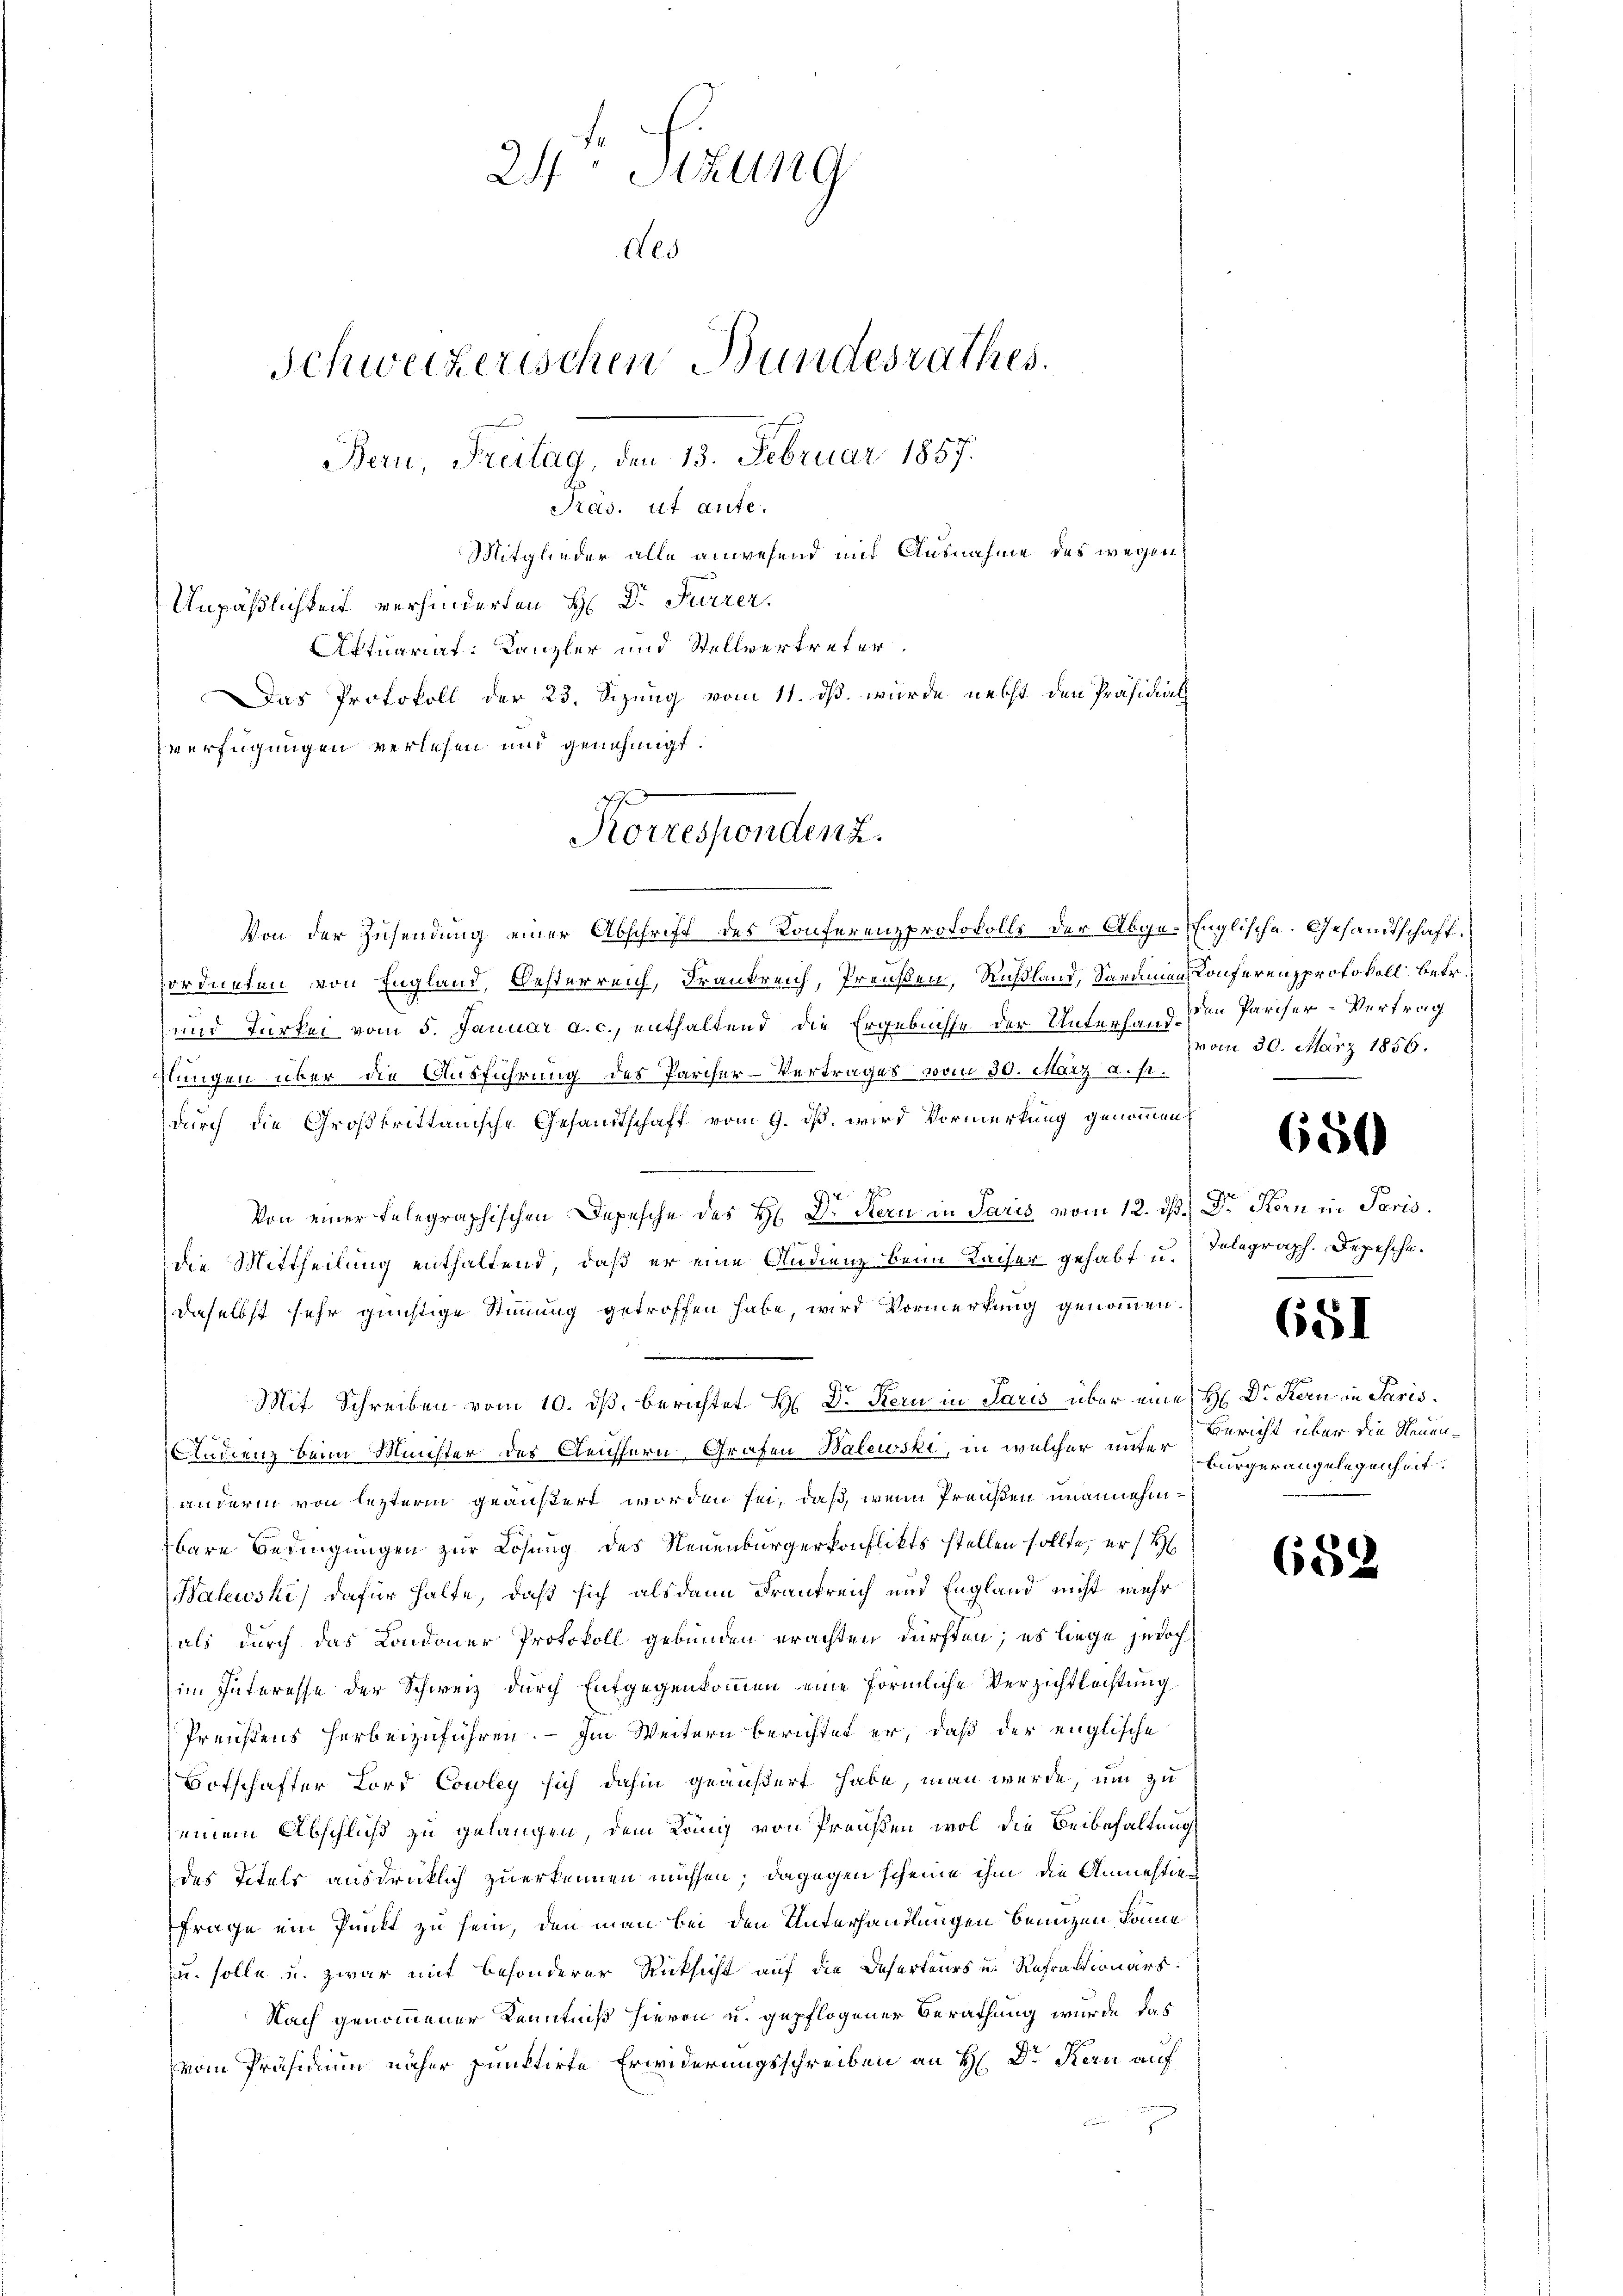
24 Stzung
Nei
Schweizerischen Bundesrathes.
Bern, Freitag, den 13. Februar 1857.
Präs. ut aute.
Mitglieder alle anwesend mit Ausnahme des wegen
Unpäßlichkeit verhinderten H: Dr. Furrer.
Aktuariat: Kanzler und Stellvertreter.
Das Protokoll der 23. Sizung vom 11. ds. wurde nebst den Präsidial
verfügungen verlesen und genehmigt.

Korressendenz.

Von der Zusendung einer Abschrift des Konferenzprotokolls der Abge-Englische Gesandtschaft
ordneten von England, Oesterreich, Frankreich, Preußen, Rußland, Saramen Konferenzprotokoll betr.
und Türkei vom 5. Januar a. c., enthaltend die Ergebnisse der Unterhand den Pariser-Vertrag
hlungen über die Ausführung des Parcher-Vertrages vom 30. März a. p.
durch die Großbrittanische Gesandtschaft vom 9. ds, wird Vormerkung genommen
.
1
e
Von einer telegraphischen Depesche des H. Dr. Stern in Paris vom 12. ds. Dr Kern in Paris.
die Mittheilung enthaltend, daß er eine Andienz beim Kaiser gehabt u.
daselbst sehr günstige Stimmung getroffen habe, wird Vormerkung genommen.

Andienz beim Minister des Reichtern-Grafen Walewski, in welcher einer Bürger angelegenheit.
anderin von letzterm geäußert worden sei, daß, wenn Preußen unannehmtbare Bedingungen zur Lösung des Neuenbürgerkonflikts stellen sollte, er / H
Halewski dafür halte, daß sich alsdann Frankreich und England nicht mehr
als durch das Condoner Protokoll gebunden erachten dürften; es liege jedoch
im Interesse der Schweiz durch Entgegenkommen eine förmliche Verzichtleistung
Preußens herbeizuführen. — Im Weitern berichtet er, daß der englische
Botschafter Lord Cowley sich dahin geäußert habe, man werde, um zu
seinem Abschluß zu gelangen, dem Köng von Preußen wol die Beibehaltung,
des Titels ausdrücklich zuerkennen müssen; dagegen scheine ihm die Anmestie
frage ein Punkt zu sein, den man bei den Unterhandlungen benuzen könne,
u. solle u. zwar mit besonderer Rücksicht auf die Deserteurs u. Refraktionärs
Nach genommener Kenntniß hievon u. gepflogener Berathung wurde das
vom Präsidium näher punktirte Erwiderungsschreiben an H. Dr Kern auf

Mit Schreiben vom 10. ds. berichtet H. Dr Kern in Paris über eine H. Dr. Korn in Pasis.

vom 30. März 1856.

650

Telegraph. Depesche.

651

Bericht über die Neuen¬

68.